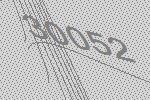
30052